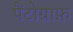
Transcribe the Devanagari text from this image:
पैंटोग्राफ़